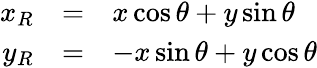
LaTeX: \begin{array}{rcl}{x_{R}}&{=}&{x\cos\theta+y\sin\theta}\\ {y_{R}}&{=}&{-x\sin\theta+y\cos\theta}\end{array}